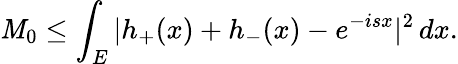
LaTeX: \mathit{M}_{0}\leq\int_{E}|h_{+}(x)+h_{-}(x)-e^{-isx}|^{2}\, dx.